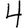
Digit: 4